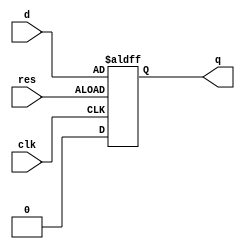
module check_code (input clk , input res , input d, output reg q);

always @ (posedge clk ,posedge res)
begin
	if(res)
		q <= d;
	else
		q <= 1'b0;
end
endmodule